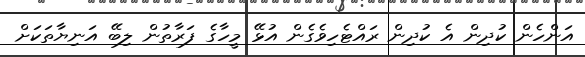
އަންހެން ކުދިން އެ ކުދިން ރައްޓެހިވެގެން އުޅޭ މީހާގެ ފަރާތުން ލިބޭ އަނިޔާތަކަށް